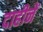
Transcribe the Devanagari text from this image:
दाहीनें